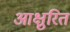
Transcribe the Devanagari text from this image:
आक्षुरित